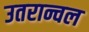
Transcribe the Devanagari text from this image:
उतरान्चल